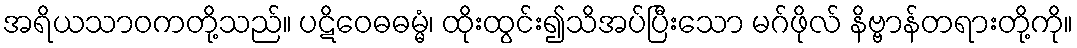
အရိယသာဝကတို့သည်။ ပဋိဝေဓဓမ္မံ၊ ထိုးထွင်း၍သိအပ်ပြီးသော မဂ်ဖိုလ် နိဗ္ဗာန်တရားတို့ကို။